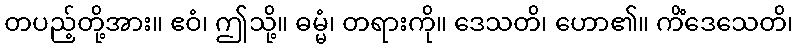
တပည့်တို့အား။ ဧဝံ၊ ဤသို့။ ဓမ္မံ၊ တရားကို။ ဒေသတိ၊ ဟော၏။ ကိံဒေသေတိ၊